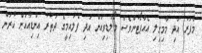
މާފަރު އަދި މާމިގިލި އެއާޕޯޓުންވެސް މޯލްޑިވިއަން އަދި ފްލައިމީގެ ދަތުރު އިންޑިއާއަށް ކުރަން